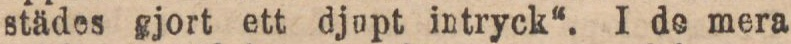
städes gjort ett djupt intryck“. I de mera